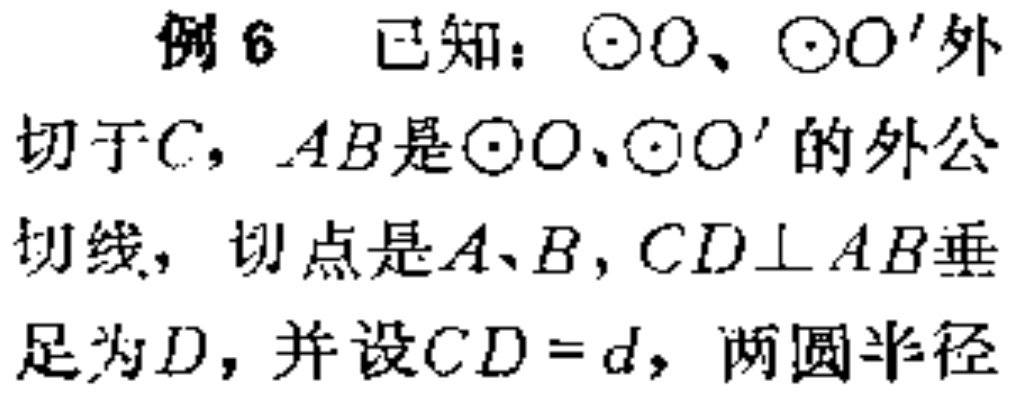
例6 已知：$\odot O$、$\odot O'$外切于$C$，$AB$是$\odot O$、$\odot O'$的外公切线，切点是$A、B$，$CD\perp AB$垂足为$D$，并设$CD = d$，两圆半径